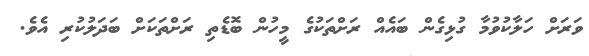
ވަރަށް ހަލާކުވުމާ ގުޅިގެން ބައެއް ރަށްތަކުގެ މީހުން ބޮޑެތި ރަށްތަކަށް ބަދަލުކުރި އެވެ.